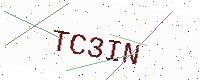
Text: TC3IN